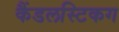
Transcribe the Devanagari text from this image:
कैंडलस्टिकग